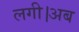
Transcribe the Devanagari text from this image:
लगी।अब